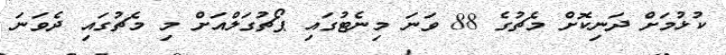
ކުޅުމަށް ދަނިކޮށް މެޗުގެ 88 ވަނަ މިނެޓުގައި ޕޯޗުގަލްއަށް މި މެޗުގައި ދެވަނަ